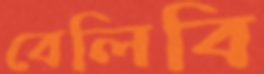
বেলিবি